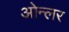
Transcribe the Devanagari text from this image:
ओन्लर